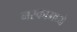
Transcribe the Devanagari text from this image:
नरकामध्ये